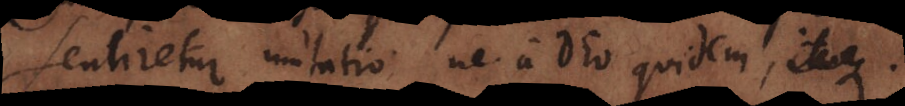
sentiretur mutatio ne a Deo quidem, itaque.